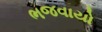
ભજવાયો